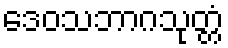
ဒေဝသဘာဂသုတ္တံ